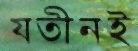
যতীনই